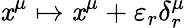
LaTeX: \mathit{x}^{\mu}\mapsto\mathit{x}^{\mu}+\varepsilon_{r}\delta_{r}^{\mu}